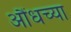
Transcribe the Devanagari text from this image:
औंधच्या